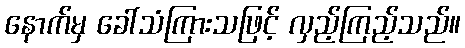
နောက်မှ ခေါ်သံကြားသဖြင့် လှည့်ကြည့်သည်။